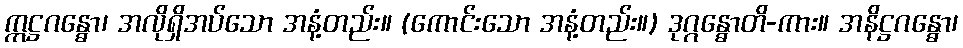
ဣဋ္ဌဂန္ဓော၊ အလိုရှိအပ်သော အနံ့တည်း။ (ကောင်းသော အနံ့တည်း။) ဒုဂ္ဂန္ဓောတိ-ကား။ အနိဋ္ဌဂန္ဓော၊